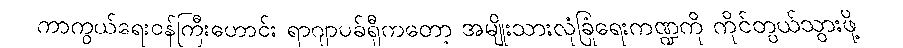
ကာကွယ်ရေးဝန်ကြီးဟောင်း ရာဂျာပခ်ရှီကတော့ အမျိုးသားလုံခြုံရေးကဏ္ဍကို ကိုင်တွယ်သွားဖို့